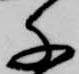
千